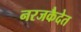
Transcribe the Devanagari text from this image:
नरजकैदेत